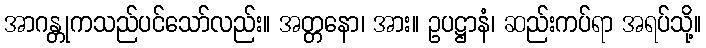
အာဂန္တုကသည်ပင်သော်လည်း။ အတ္တနော၊ အား။ ဥပဋ္ဌာနံ၊ ဆည်းကပ်ရာ အရပ်သို့။